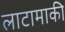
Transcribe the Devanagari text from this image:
लाटामाकी